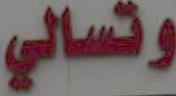
وتسالي